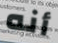
أنه